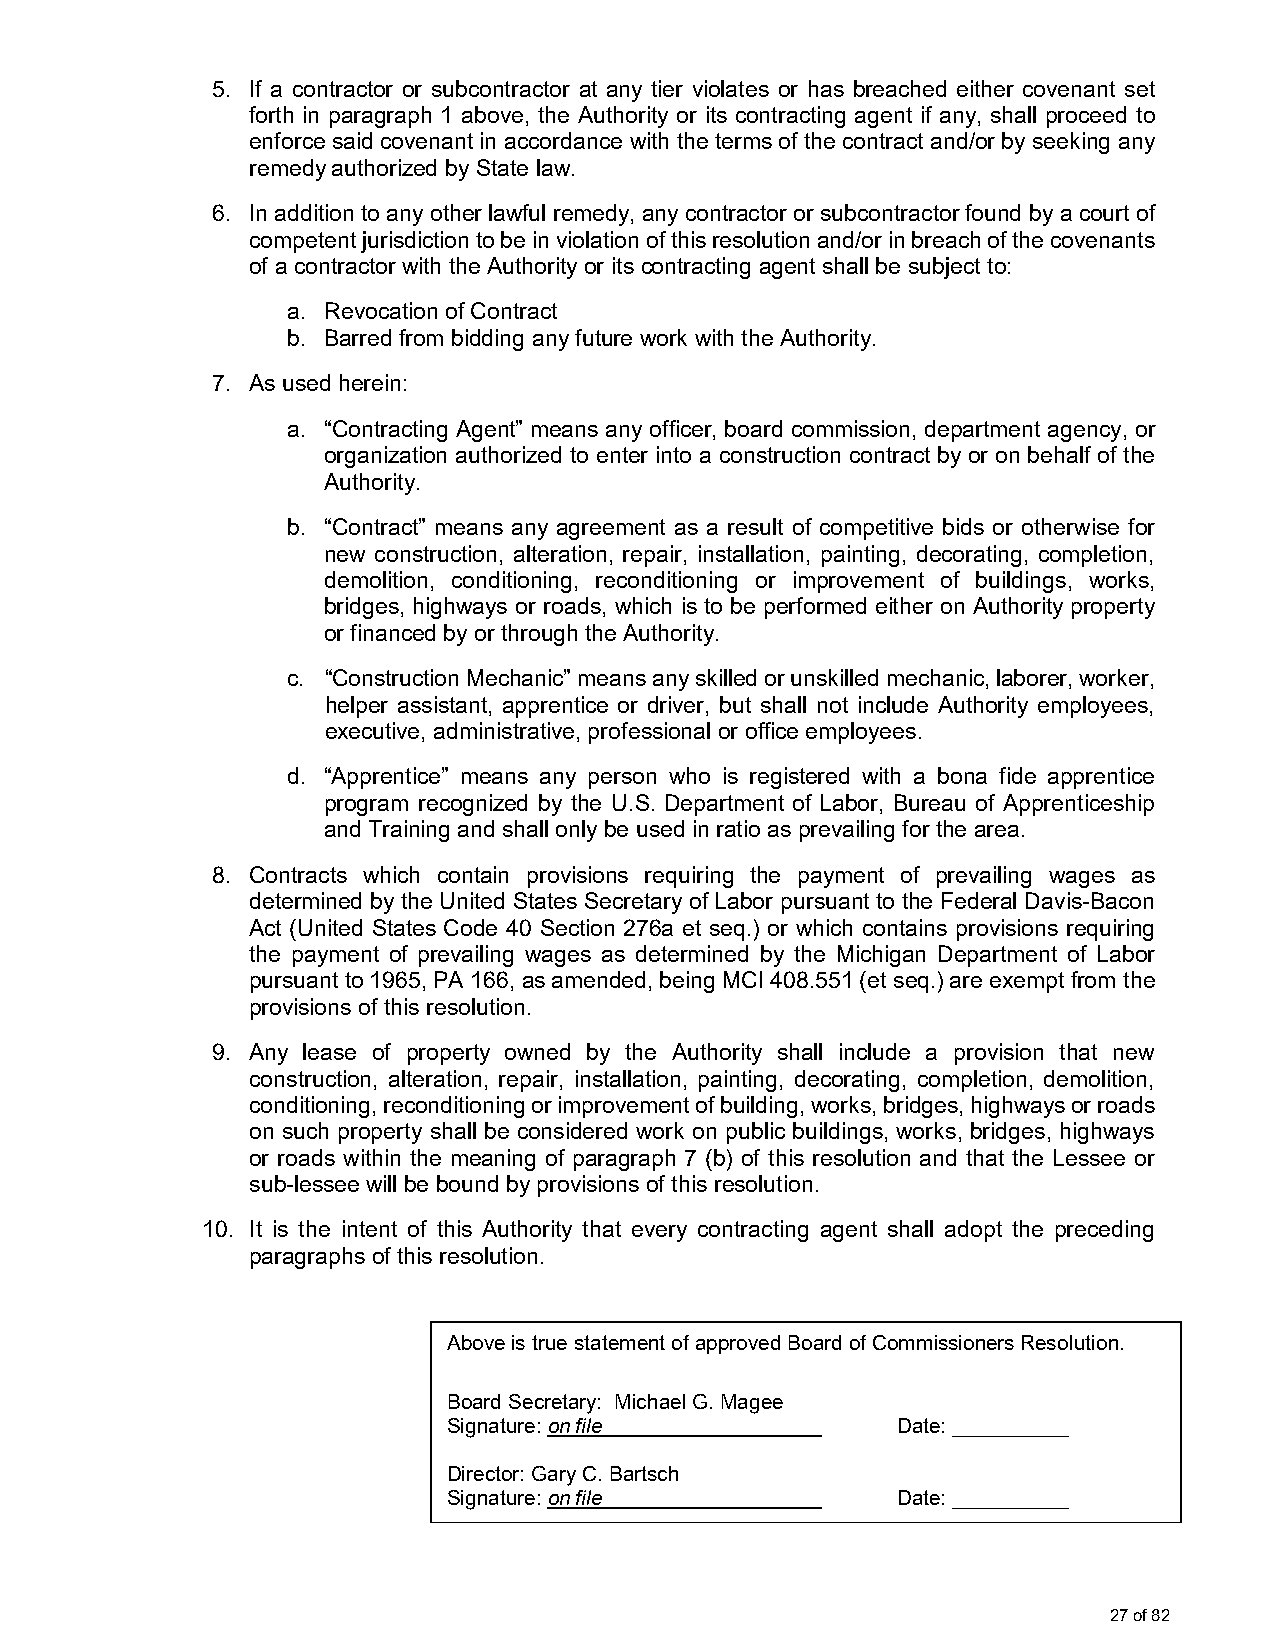
5. If a contractor or subcontractor at any tier violates or has breached either covenant set
 forth in paragraph 1 above, the Authority or its contracting agent if any, shall proceed to
 enforce said covenant in accordance with the terms of the contract and/or by seeking any
 remedy authorized by State law.
 6. In addition to any other lawful remedy, any contractor or subcontractor found by a court of
 competent jurisdiction to be in violation of this resolution and/or in breach of the covenants
 of a contractor with the Authority or its contracting agent shall be subject to:
 a. Revocation of Contract
 b. Barred from bidding any future work with the Authority.
 7. As used herein:
 a. “Contracting Agent” means any officer, board commission, department agency, or
 organization authorized to enter into a construction contract by or on behalf of the
 Authority.
 b. “Contract” means any agreement as a result of competitive bids or otherwise for
 new construction, alteration, repair, installation, painting, decorating, completion,
 demolition, conditioning, reconditioning or improvement of buildings, works,
 bridges, highways or roads, which is to be performed either on Authority property
 or financed by or through the Authority.
 c. “Construction Mechanic” means any skilled or unskilled mechanic, laborer, worker,
 helper assistant, apprentice or driver, but shall not include Authority employees,
 executive, administrative, professional or office employees.
 d. “Apprentice” means any person who is registered with a bona fide apprentice
 program recognized by the U.S. Department of Labor, Bureau of Apprenticeship
 and Training and shall only be used in ratio as prevailing for the area.
 8. Contracts which contain provisions requiring the payment of prevailing wages as
 determined by the United States Secretary of Labor pursuant to the Federal Davis-Bacon
 Act (United States Code 40 Section 276a et seq.) or which contains provisions requiring
 the payment of prevailing wages as determined by the Michigan Department of Labor
 pursuant to 1965, PA 166, as amended, being MCI 408.551 (et seq.) are exempt from the
 provisions of this resolution.
 9. Any lease of property owned by the Authority shall include a provision that new
 construction, alteration, repair, installation, painting, decorating, completion, demolition,
 conditioning, reconditioning or improvement of building, works, bridges, highways or roads
 on such property shall be considered work on public buildings, works, bridges, highways
 or roads within the meaning of paragraph 7 (b) of this resolution and that the Lessee or
 sub-lessee will be bound by provisions of this resolution.
 10. It is the intent of this Authority that every contracting agent shall adopt the preceding
 paragraphs of this resolution.
 Above is true statement of approved Board of Commissioners Resolution.
 Board Secretary: Michael G. Magee
 Signature: on file           Date: __________
 Director: Gary C. Bartsch
 Signature: on file           Date: __________
 27 of 82